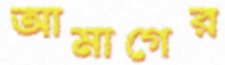
আমাগের